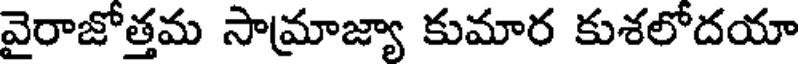
వైరాజోత్తమ సామ్రాజ్యా కుమార కుశలోదయా